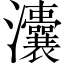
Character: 灢